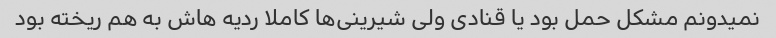
نمیدونم مشکل حمل بود یا قنادی ولی شیرینی‌ها کاملا ردیه هاش به هم ریخته بود